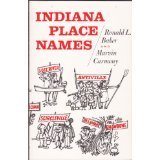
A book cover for Indiana place names; Ronald L Baker; Travel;